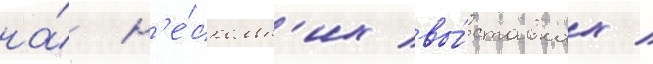
на́ н'е́скольк'их вы́ставках /